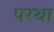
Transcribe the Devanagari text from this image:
परथा